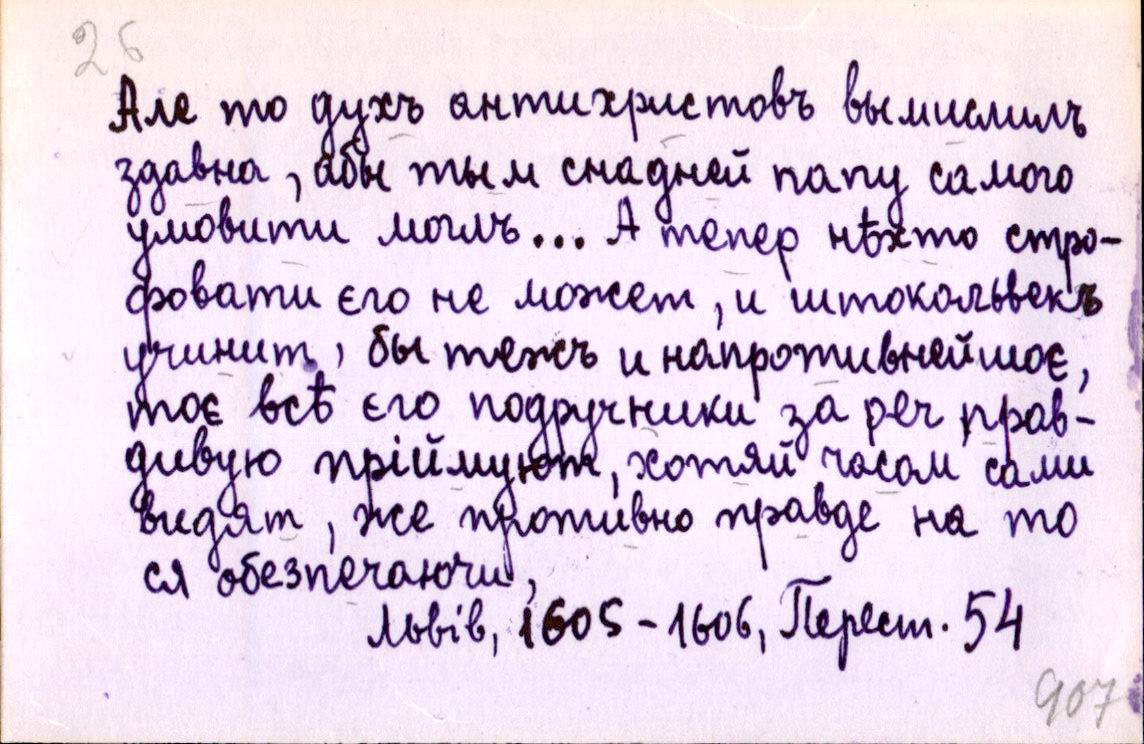
Але то духъ антихристовъ вымислилъ
здавна, абы тым снадней папу самого
умовити могль... А тепер нѣхто стро-
фовати эго не может, и штокольвекъ
учинит, бы тежъ и напротивнейшоє,
тоє всѣ єго подручники за реч прав-
дивую пріймуют, хотяй часом сами
видят, же противно правдe на то
ся обезпечаючи,
Львів, 1605-1606, Перест. 54